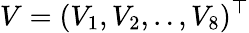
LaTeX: V=(V_{1},V_{2},..,V_{8})^{\top}